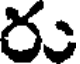
ర